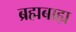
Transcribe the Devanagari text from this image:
ब्रह्मबाह्य